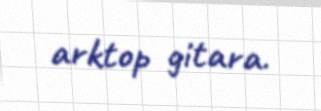
arktop gitara.